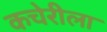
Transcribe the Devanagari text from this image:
कचेरीला